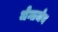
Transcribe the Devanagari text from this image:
जेन्तजेन